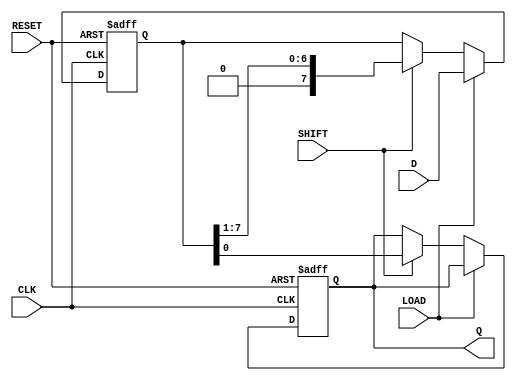
module PISO_Shift_Register #(
    parameter n = 8  // Define the width of the register (number of bits)
)(
    input wire [n-1:0] D,    // Parallel data input
    input wire LOAD,          // Load enable signal
    input wire SHIFT,         // Shift enable signal
    input wire CLK,           // Clock signal
    input wire RESET,         // Asynchronous reset signal
    output reg Q             // Serial output
);

    reg [n-1:0] REG;          // Storage register

    always @(posedge CLK or posedge RESET) begin
        if (RESET) begin
            REG <= {n{1'b0}};  // Clear the register to all zeros on reset
            Q <= 1'b0;         // Clear the serial output
        end else begin
            if (LOAD) begin
                REG <= D;      // Load parallel data into the register
            end else if (SHIFT) begin
                Q <= REG[0];   // Shift out the least significant bit
                REG <= {1'b0, REG[n-1:1]}; // Shift the register to the right
            end
        end
    end

endmodule